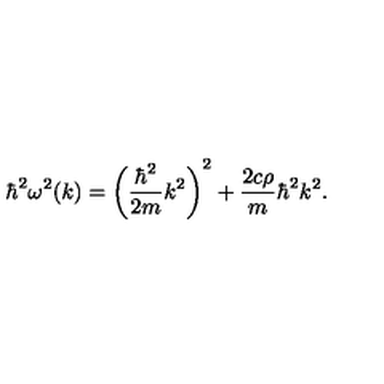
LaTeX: \hbar ^ { 2 } \omega ^ { 2 } ( k ) = \left( \displaystyle \frac { \hbar ^ { 2 } } { 2 m } k ^ { 2 } \right) ^ { 2 } + \frac { 2 c \rho } { m } \hbar ^ { 2 } k ^ { 2 } .